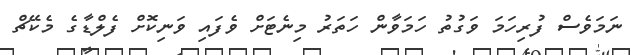
ނަމަވެސް ފުރިހަމަ ވަގުތު ހަމަވާން ހަތަރު މިނެޓަށް ވެފައި ވަނިކޮށް ފެލްޑާގެ މެކޭޗް